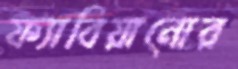
ফ্যাবিয়ানোর